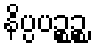
နိပ္ပပဉ္စဉ္စ